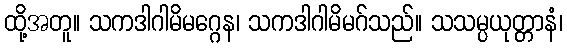
ထို့အတူ။ သကဒါဂါမိမဂ္ဂေန၊ သကဒါဂါမိမဂ်သည်။ သသမ္ပယုတ္တာနံ၊